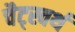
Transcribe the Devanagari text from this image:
चैट्स्वर्थ